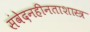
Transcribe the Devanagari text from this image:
संवेदनहीनताशास्त्र